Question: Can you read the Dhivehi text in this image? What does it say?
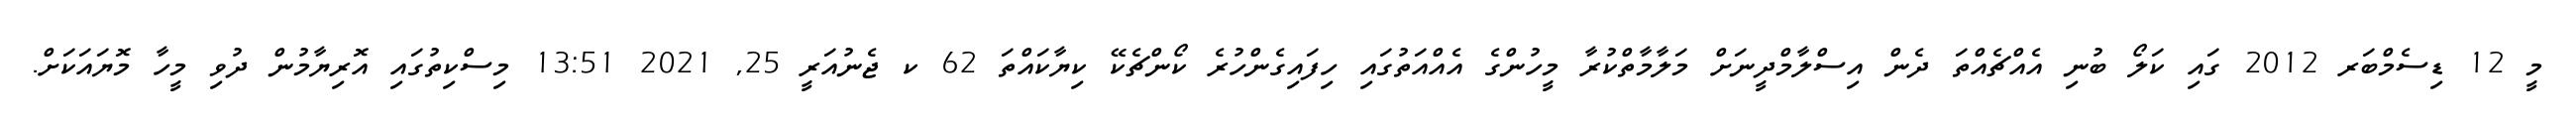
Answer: މީ 12 ޑިސެމްބަރ 2012 ގައި ކަލޯ ބުނި އެއްޗެއްތަ ދެން އިސްލާމްދީނަށް މަލާމާތްކުރާ މީހުންގެ އެއްއަތުގައި ހިފައިގެންހުރެ ކޯންޗެކޭ ކިޔާކައްތަ 62 ކ ޖެނުއަރީ 25, 2021 13:51 މިސްކިތުގައި އޮރިޔާމުން ދުވި މީހާ މޮޔައަކަށް.